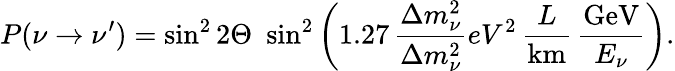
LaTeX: P(\nu\to\nu^{\prime})=\sin^{2}2\Theta\, \, \sin^{2}\left(1.27\, \frac{\Delta m_{\nu}^{2}}{\Delta m_{\nu}^{2}}{eV^{2}}\, \frac{L}{\mathrm{km}}\, \frac{\mathrm{GeV}}{E_{\nu}}\right).